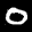
Label: 0